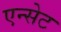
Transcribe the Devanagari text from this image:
एन्सेट